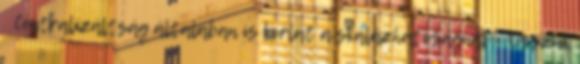
● Centralizáltság általában is korlát a skálázhatóságnál – Osszuk